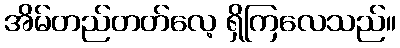
အိမ်တည်တတ်လေ့ ရှိကြလေသည်။